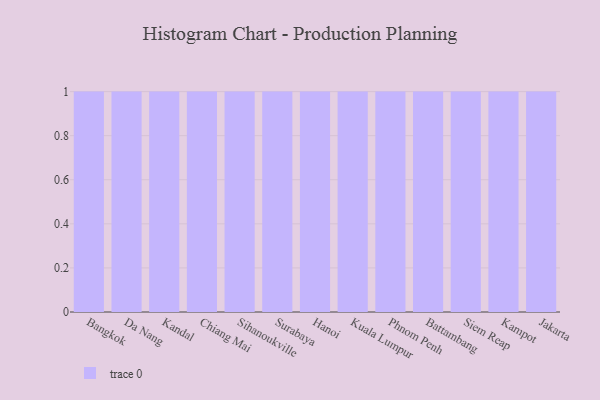
{"axis": {"x": "City", "y": "Production Output"}, "legend": [""], "data": [{"x": "Bangkok", "y": 41, "type": ""}, {"x": "Da Nang", "y": 26, "type": ""}, {"x": "Kandal", "y": 3, "type": ""}, {"x": "Chiang Mai", "y": 41, "type": ""}, {"x": "Sihanoukville", "y": 99, "type": ""}, {"x": "Surabaya", "y": 72, "type": ""}, {"x": "Hanoi", "y": 13, "type": ""}, {"x": "Kuala Lumpur", "y": 53, "type": ""}, {"x": "Phnom Penh", "y": 90, "type": ""}, {"x": "Battambang", "y": 55, "type": ""}, {"x": "Siem Reap", "y": 95, "type": ""}, {"x": "Kampot", "y": 88, "type": ""}, {"x": "Jakarta", "y": 60, "type": ""}]}